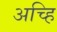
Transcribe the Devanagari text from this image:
अच्हि